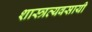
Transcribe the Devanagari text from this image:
शास्त्रव्यवसायी